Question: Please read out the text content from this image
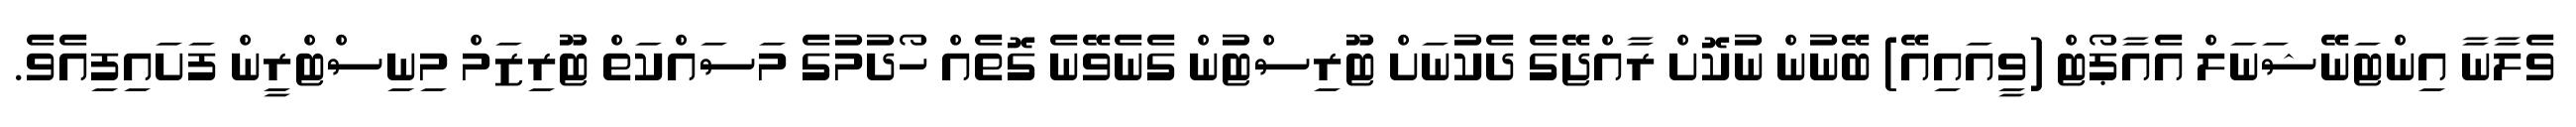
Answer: ވެލާނާ އިންޓަނޭޝަނަލް އެއާޕޯޓް (ވީއައިއޭ) ބޭނުން ނުކޮށް ރާއްޖޭގެ ދެކުނަށް ޓޫރިސްޓުން ގެނެވޭނެ ގޮތެއް ހޯދުމުގެ މަސައްކަތް ޓޫރިޒަމް މިނިސްޓްރީން ފަށައިފިއެވެ.